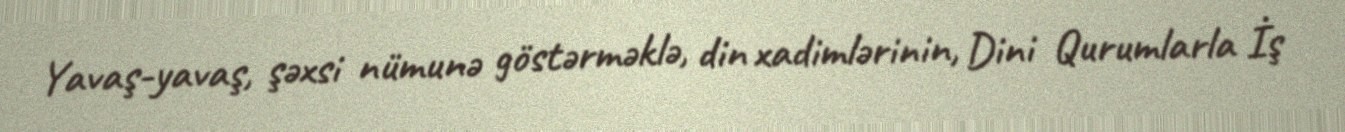
Yavaş-yavaş, şəxsi nümunə göstərməklə, din xadimlərinin, Dini Qurumlarla İş